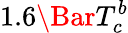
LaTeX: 1.6\Bar{T}_{c}^{b}